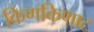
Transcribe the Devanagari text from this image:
किणकिणाट